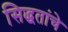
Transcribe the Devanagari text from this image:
सिद्धतांचे